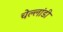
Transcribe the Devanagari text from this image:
चेल्लांडी